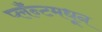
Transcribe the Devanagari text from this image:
प्लँन्टमधून